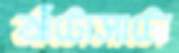
আঁটোসাটো